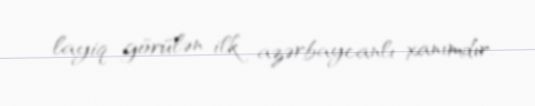
layiq görülən ilk azərbaycanlı xanımdır.